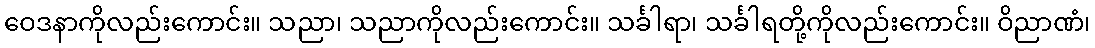
ဝေဒနာကိုလည်းကောင်း။ သညာ၊ သညာကိုလည်းကောင်း။ သင်္ခါရာ၊ သင်္ခါရတို့ကိုလည်းကောင်း။ ဝိညာဏံ၊